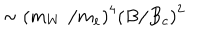
LaTeX: \sim \left( m _ { W } \, \, / m _ { e } \right) ^ { 4 } \left( B / B _ { c } \right) ^ { 2 }